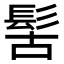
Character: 𩬩